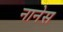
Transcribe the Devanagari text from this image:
नानेस